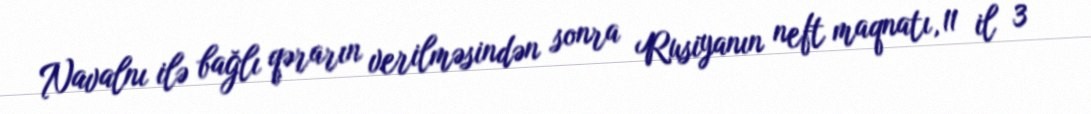
Navalnı ilə bağlı qərarın verilməsindən sonra Rusiyanın neft maqnatı, 11 il 3